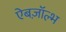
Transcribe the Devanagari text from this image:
ऐबज़ॉल्भ